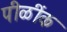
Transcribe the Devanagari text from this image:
पीळींक